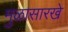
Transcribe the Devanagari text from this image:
मुळासारखे